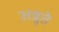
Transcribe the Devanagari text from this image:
अश्नुते